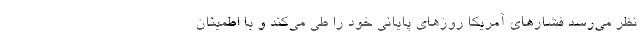
نظر می‌رسد فشارهای آمریکا روزهای پایانی خود را طی می‌کند و با اطمینان